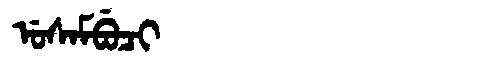
Manchu: ᡠᠰᠠᠮᠪᡠᠴᡳ
Romanization: USAMBUCI